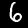
Label: 6